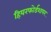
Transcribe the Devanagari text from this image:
हियरफोर्डशायर